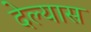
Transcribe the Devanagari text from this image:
देल्यास